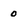
Character: 0